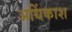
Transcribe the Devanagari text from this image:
अधिंकाश